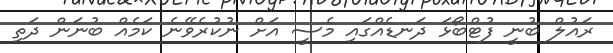
ރައުލް ބުނީ ފުޓްބޯޅަ ދަނޑެއްގައި މެސީ އަށް ނުކުރެވޭނެ ކަމެއް ބުނަން ދަތި